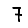
Digit: 7